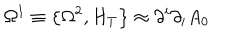
LaTeX: \Omega ^ { 1 } \equiv \left\{ \Omega ^ { 2 } , H _ { T } \right\} \approx \partial ^ { i } \partial _ { i } A _ { 0 }